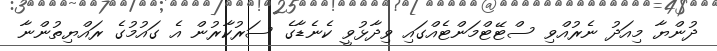
ދުންޔާ މިއަދު ނެރުއްވި ސްޓޭޓްމަންޓެއްގައި ވިދާޅުވީ ކެނެޑާގެ ސަރުކާރުން އެ ގައުމުގެ ރައްޔިތުންނާ